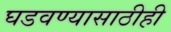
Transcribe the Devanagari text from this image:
घडवण्यासाठीही